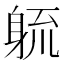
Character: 𮜱